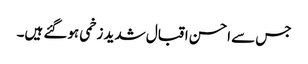
جس سے احسن اقبال شدید زخمی ہوگئے ہیں۔